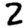
Digit: 2